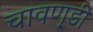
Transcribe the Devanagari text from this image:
चावण़्डी